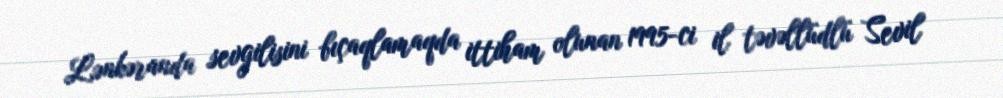
Lənkəranda sevgilisini bıçaqlamaqda ittiham olunan 1995-ci il təvəllüdlü Sevil